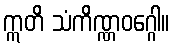
ဣတိ သံကိဏ္ဏဝဂ္ဂေါ။